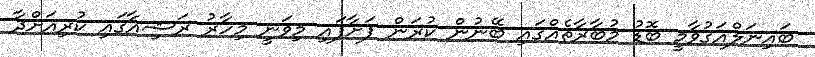
ބައިނަލްއަގުވާމީ ބޮޑު މުބާރާތެއްގައި ބޭނުން ކުރަން ފަށާފައި މިވަނީ މިހާރު ރަޝިއާގައި ކުރިއަށްދާ